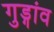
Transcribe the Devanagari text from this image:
गुड्गांव